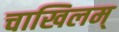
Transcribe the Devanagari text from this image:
चाखिलम्‌